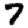
Digit: 7